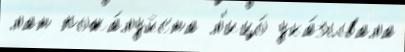
лат пожа́луйста л'ицо́ ука́зывала